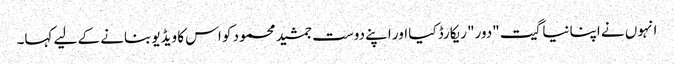
انہوں نے اپنا نیا گیت "دور" ریکارڈ کیا اور اپنے دوست جمشید محمود کو اس کا ویڈیو بنانے کے لیے کہا۔